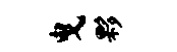
曳夥